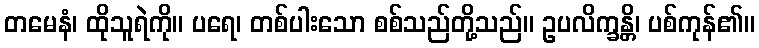
တမေနံ၊ ထိုသူရဲကို။ ပရေ၊ တစ်ပါးသော စစ်သည်တို့သည်။ ဥပလိက္ခန္တိ၊ ပစ်ကုန်၏။